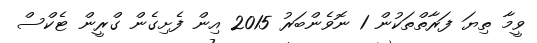
ވީމާ ތިޔަ ފަރާތްތަކުން 1 ނޮވެންބަރު 2015 އިން ފެށިގެން ގްރީން ޓެކްސް